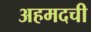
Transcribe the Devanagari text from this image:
अहमदची